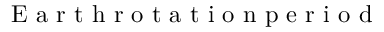
\mathrm { ~ E ~ a ~ r ~ t ~ h ~ r ~ o ~ t ~ a ~ t ~ i ~ o ~ n ~ p ~ e ~ r ~ i ~ o ~ d ~ }